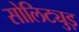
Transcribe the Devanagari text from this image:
सोलिट्युड़